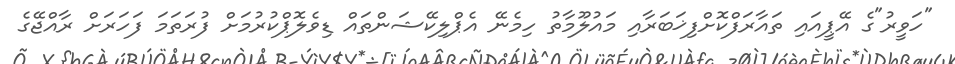
"ހަވީރު"ގެ އޭޕީއައި ތައާރަފްކޮށްފިޚަބަރާއި މައުލޫމާތު ހިމެނޭ އެޕްލިކޭޝަންތައް ޑިވެލޮޕްކުރުމަށް ފުރަތަމަ ފަހަރަށް ރާއްޖޭގެ